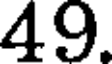
49.